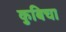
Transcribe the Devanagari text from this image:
कुबिचा